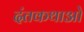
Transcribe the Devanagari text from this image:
दंतकथाओ